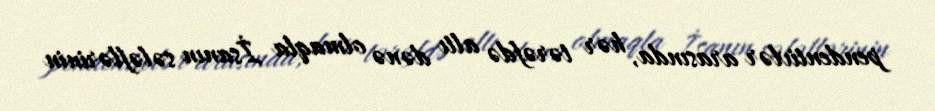
pendentivlər arasında, hər tərəfdə altı dənə olmaqla İsanın sələflərinin